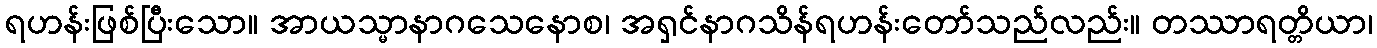
ရဟန်းဖြစ်ပြီးသော။ အာယသ္မာနာဂသေနောစ၊ အရှင်နာဂသိန်ရဟန်းတော်သည်လည်း။ တဿာရတ္တိယာ၊